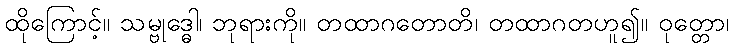
ထိုကြောင့်။ သမ္ဗုဒ္ဓေါ၊ ဘုရားကို။ တထာဂတောတိ၊ တထာဂတဟူ၍။ ဝုတ္တော၊